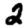
Digit: 2